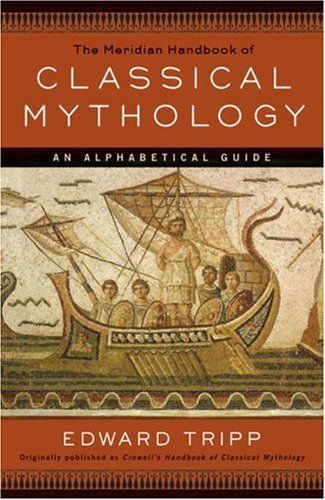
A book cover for The Meridian Handbook of Classical Mythology; Edward Tripp; Politics & Social Sciences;